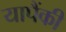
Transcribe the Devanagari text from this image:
यापैंकी